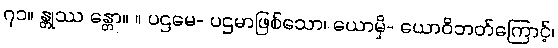
၇၁။ န္တုဿ န္တော။ ။ ပဌမေ- ပဌမာဖြစ်သော၊ ယောမှိ- ယောဝိဘတ်ကြောင့်၊